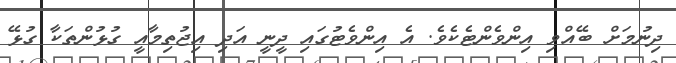
ދިނުމަށް ބޭއްވި އިންވެންޓެކެވެ. އެ އިންވެޓުގައި ދީނީ އަދި އިޖުތިމާއީ ގުޅުންތަކާ ގުޅޭ